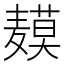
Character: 𬹍